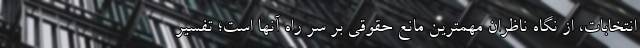
انتخابات، از نگاه ناظران مهمترین مانع حقوقی بر سر راه آنها است؛ تفسیر